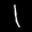
Label: 1